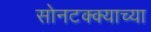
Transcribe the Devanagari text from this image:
सोनटक्क्याच्या